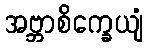
အဗ္ဘာစိက္ခေယျံ